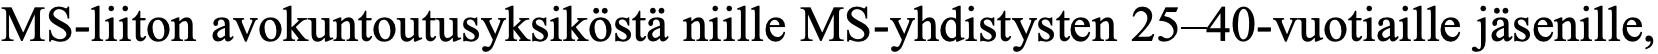
MS-liiton avokuntoutusyksiköstä niille MS-yhdistysten 25–40-vuotiaille jäsenille,